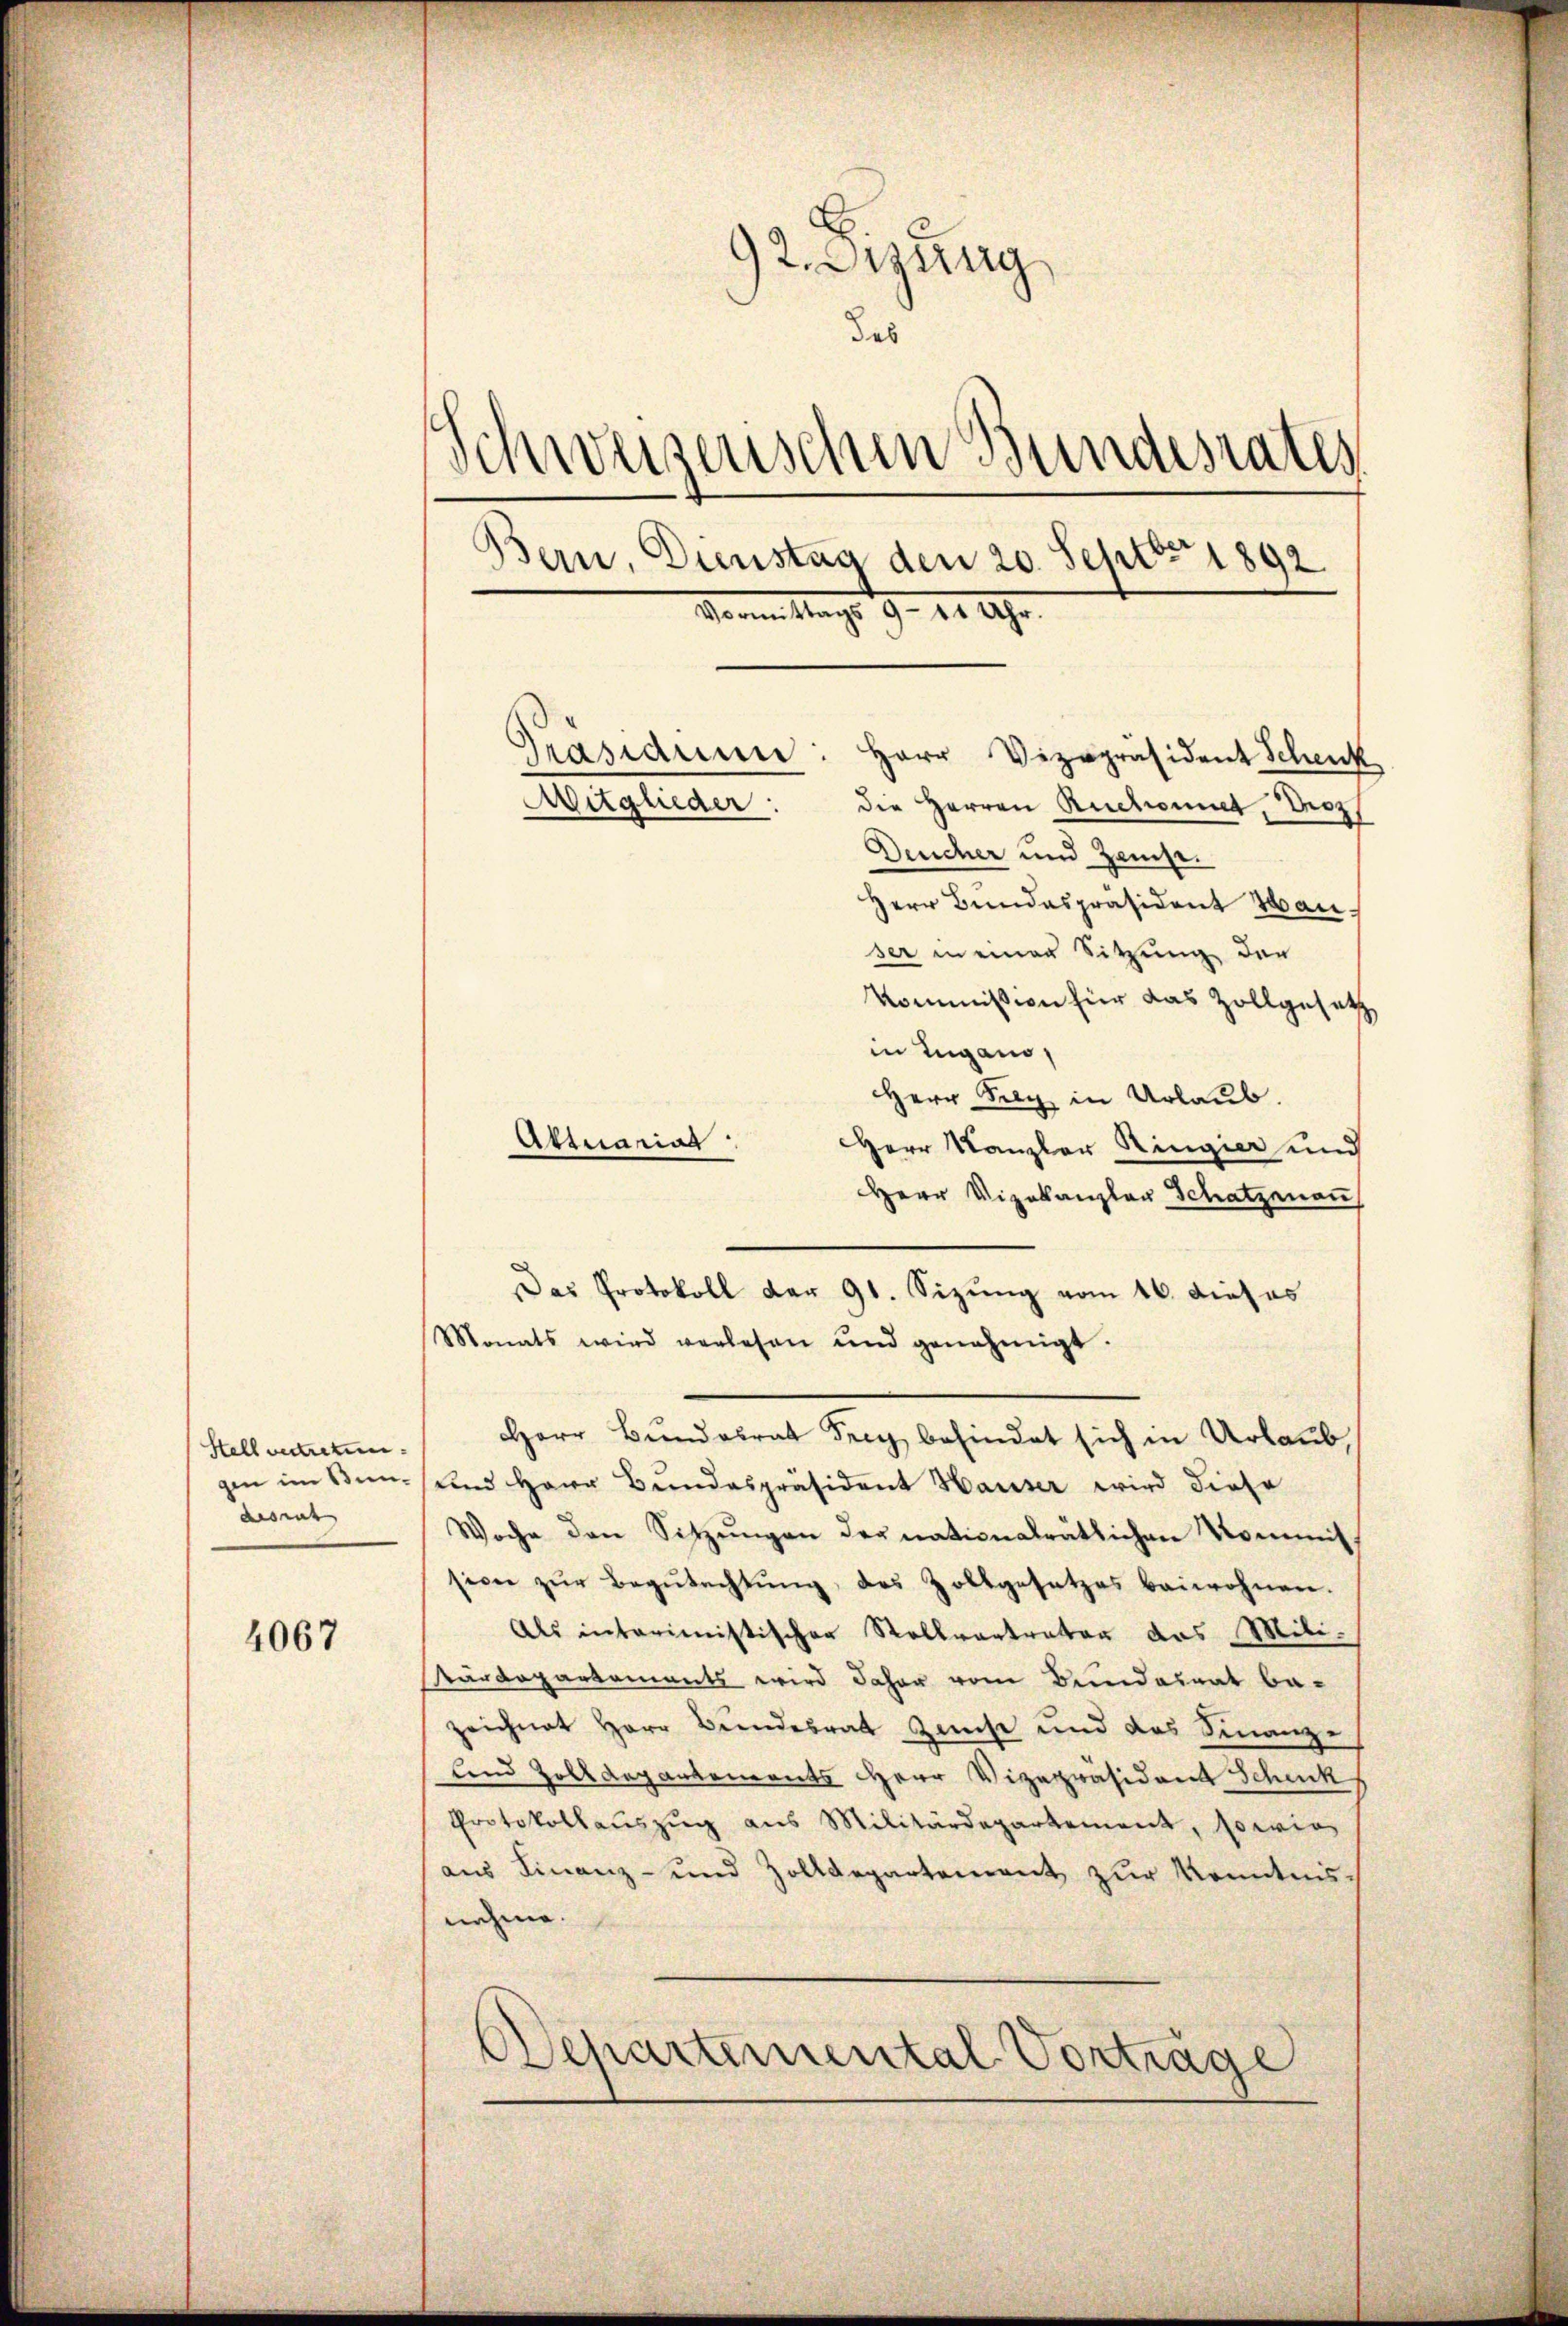
Stellvertretun
gen im Sindesrat

4067

92 dizung
des
.
sinreizerischen Bundesrates
Bern, Dienstag den 20. Septbr 1892
Sonnen Mag. 9. 11 Uhr.

Herr Vizepräsident Schenk
Mitglieder: die Herren Ruchonnet, Proz
Deucher und Hause.
Herr Bundespräsident Hanser in einer Sitzung der
Kommission hier das Zollgesetz
in Lugano,
Herr Selz in Urlaub.
Herr Kanzler Ringier und
Herr Vizekanzler Schatzenan
Das Protokoll der 91. Sizung vom 16. dieses
Monats wird verlesen und genehmigt.
Herr Bundesrat Frey befindet sich in Urlaub
und Herr Bundespräsident Hauser wird diese
Woche den Sitzŭngen der nationalrätlichen Kommit
sion zŭr Begŭtachtŭng des Zoltgesetzes beiwohnen.
Als interimistischer Rollvertrator das Mili-
tärdepartements wird daher vom Bundesrat be-
zeichnet Herr Bundesrat Zeiche und das Finanz-
und Zolldegantements Herr Vizepräsident Schenk
Protokollaŭszŭg ans Militärdepartement, sowie
aus Finanz- und Zolldepartement zur Kenntnis-
nehme.
Departemental Vorträge

Aktuarial

Präsidiu